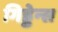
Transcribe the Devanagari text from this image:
गिड्डेन्स